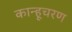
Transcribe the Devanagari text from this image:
कान्हूचरण